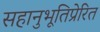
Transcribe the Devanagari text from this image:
सहानुभूतिप्रेरित